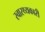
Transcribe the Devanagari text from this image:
स्वास्थ्यकारी